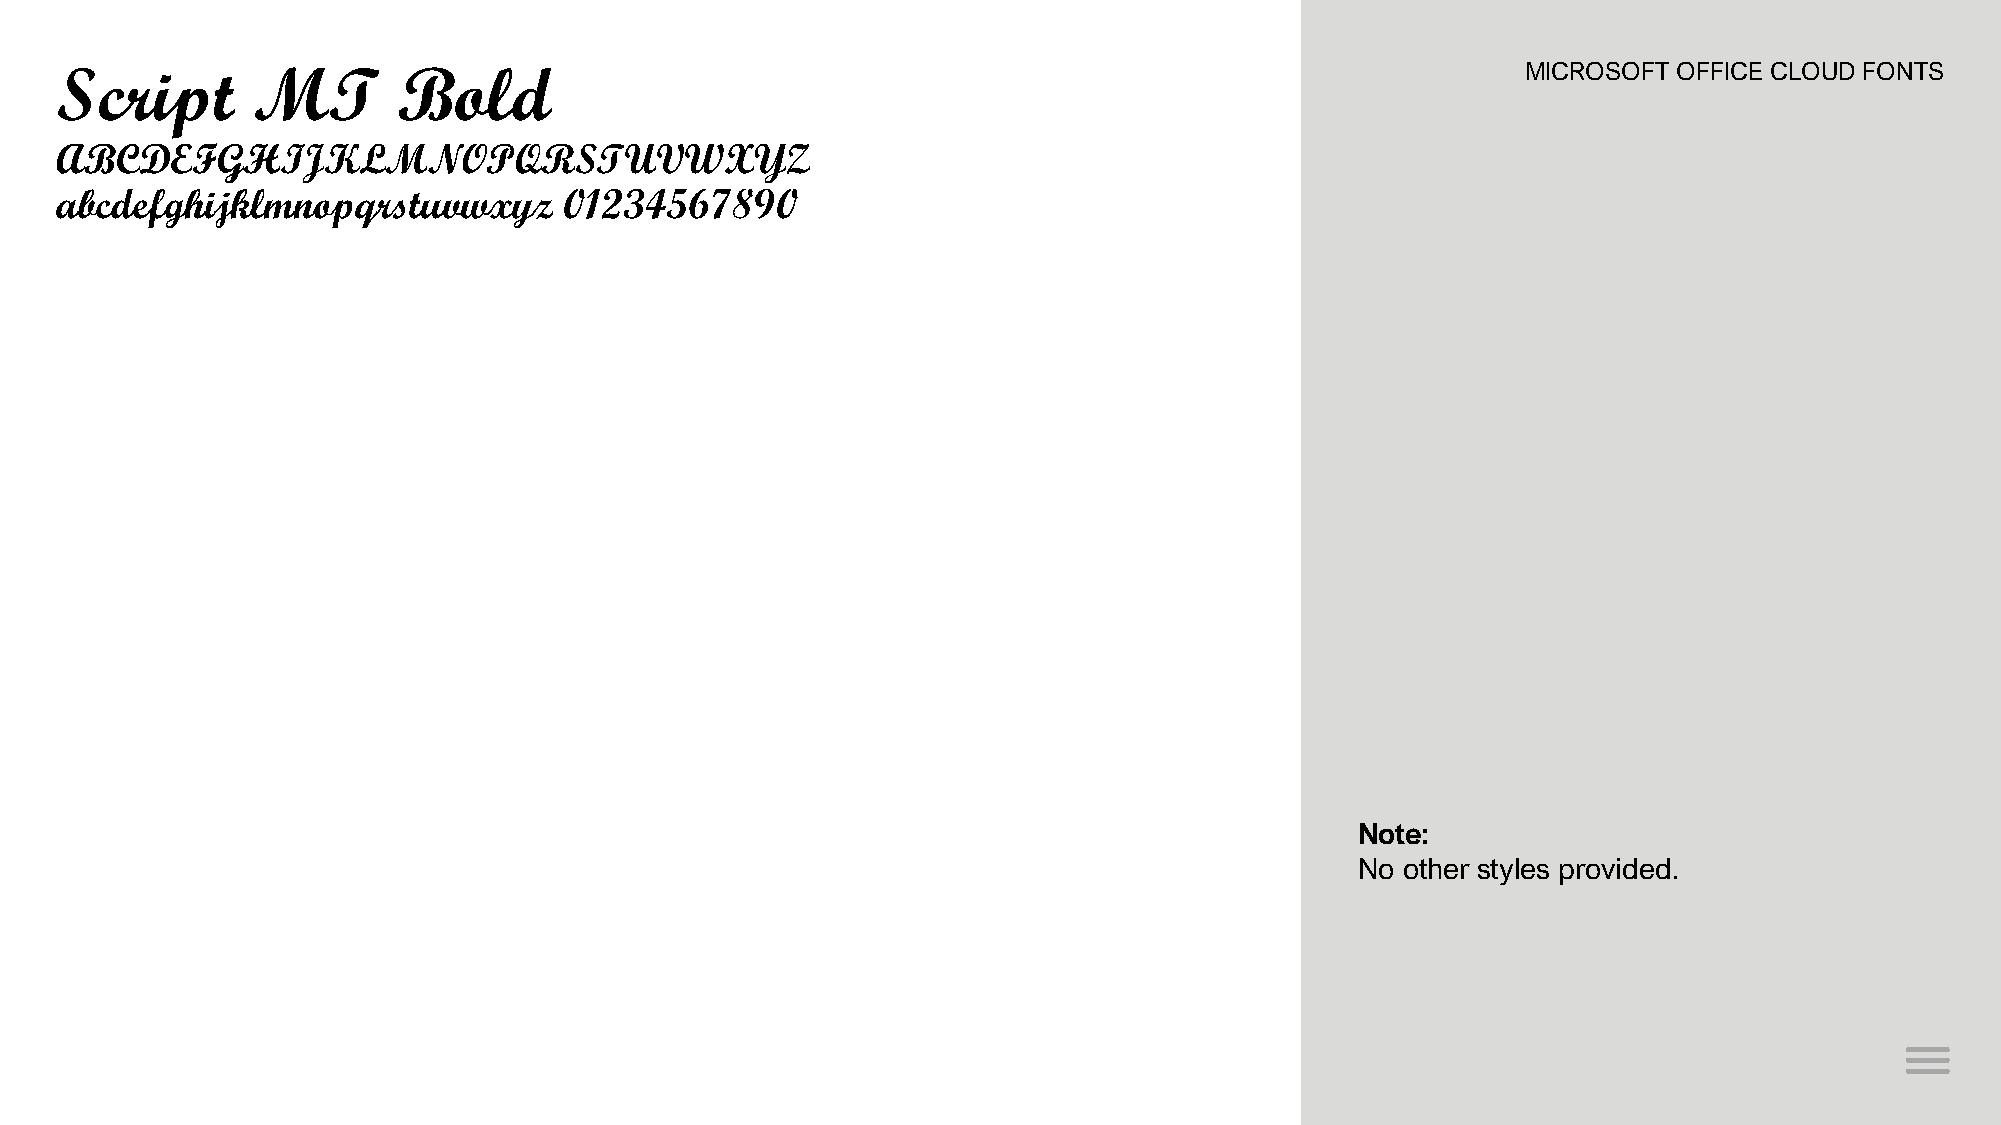
Script       MT       Bold                                                                       MICROSOFT OFFICE CLOUD FONTS
 ABCDEFGHIJKLMNOPQRSTUVWXYZ
 abcdefghijklmnopqrstuvwxyz       01234567890
 Note:
 No other styles provided.